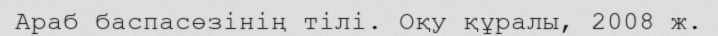
Араб баспасөзінің тілі. Оқу құралы, 2008 ж.